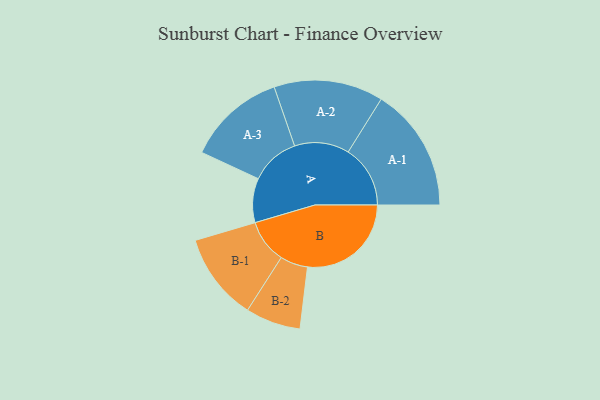
{"axis": {"x": "Segment", "y": "Value"}, "legend": ["", "A", "B"], "data": [{"x": "A", "y": 186, "type": ""}, {"x": "B", "y": 436, "type": ""}, {"x": "A-1", "y": 261, "type": "A"}, {"x": "A-2", "y": 230, "type": "A"}, {"x": "A-3", "y": 207, "type": "A"}, {"x": "B-1", "y": 184, "type": "B"}, {"x": "B-2", "y": 116, "type": "B"}]}